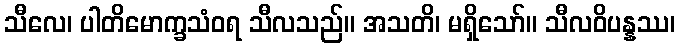
သီလေ၊ ပါတိမောက္ခသံဝရ သီလသည်။ အသတိ၊ မရှိသော်။ သီလဝိပန္နဿ၊